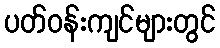
ပတ်ဝန်းကျင်များတွင်